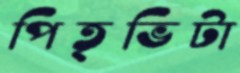
পিতৃভিটা